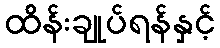
ထိန်းချုပ်ရန်နှင့်